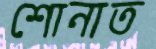
শোনাত